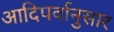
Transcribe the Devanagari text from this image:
आदिपर्वानुसार